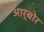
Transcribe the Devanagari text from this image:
आर्बोर